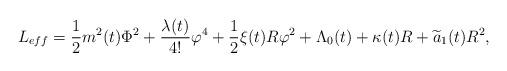
LaTeX: \begin{align*}L_{eff} = \frac{1}{2} m^2(t) \Phi^2+ \frac{\lambda (t)}{4!} \varphi^4 + \frac{1}{2} \xi (t) R\varphi^2 + \Lambda_0(t) + \kappa (t) R + \widetilde{a}_1 (t) R^2,\end{align*}